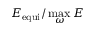
E _ { \mathrm { e q u i } } / \operatorname* { m a x } _ { \omega } E